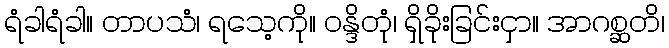
ရံခါရံခါ။ တာပသံ၊ ရသေ့ကို။ ဝန္ဒိတုံ၊ ရှိခိုးခြင်းငှာ။ အာဂစ္ဆတိ၊